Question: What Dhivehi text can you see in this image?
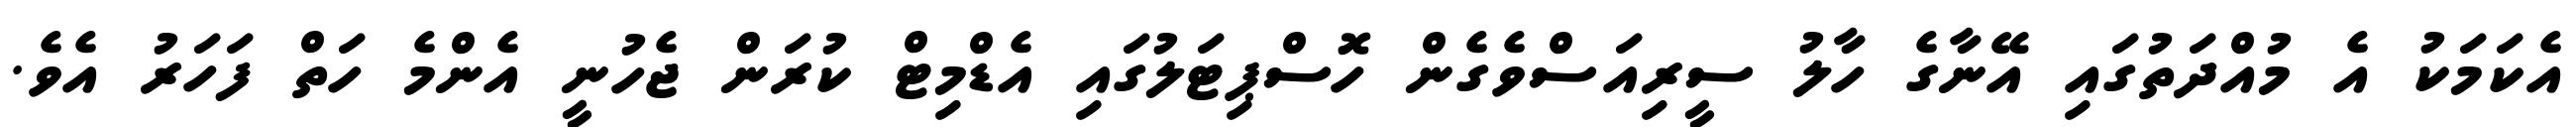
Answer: އެކަމަކު އެ މުއްދަތުގައި އޭނާގެ ހާލު ސީރިއަސްވެގެން ހޮސްޕިޓަލުގައި އެޑްމިޓް ކުރަން ޖެހުނީ އެންމެ ހަތް ފަހަރު އެވެ.